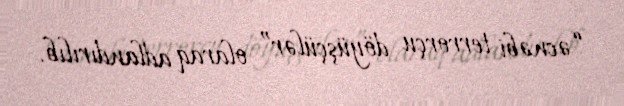
“əcnəbi terrorçu döyüşçülər” olaraq adlandırılıb.